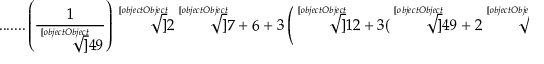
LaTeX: { \mathrm { . . . . . . . } } \left( { \frac { 1 } { \sqrt [ [object Object] ] { 4 9 } } } \right) { \sqrt [ [object Object] ] { 2 { \sqrt [ [object Object] ] { 7 } } + 6 + 3 \left( { \sqrt [ [object Object] ] { 1 2 + 3 ( { \sqrt [ [object Object] ] { 4 9 } } + 2 { \sqrt [ [object Object] ] { 7 } } ) } } + { \sqrt [ [object Object] ] { 1 1 + 3 ( { \sqrt [ [object Object] ] { 4 9 } } + 2 { \sqrt [ [object Object] ] { 7 } } ) } } \right) } }